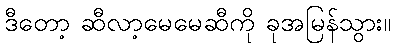
ဒီတော့ ဆီလာ့မေမေဆီကို ခုအမြန်သွား။